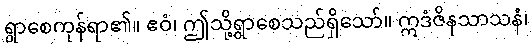
ရွာစေကုန်ရာ၏။ ဧဝံ၊ ဤသို့ရွာစေသည်ရှိသော်။ ဣဒံဇိနသာသနံ၊